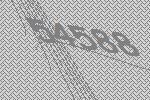
54588